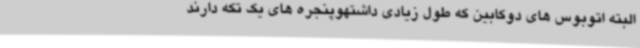
البته اتوبوس های دوکابین که طول زیادی داشتهوپنجره های یک تکه دارند